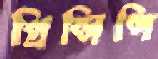
প্রিন্সিপি